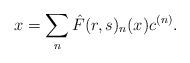
LaTeX: \begin{align*} x= \sum\limits_{n} \hat{F}(r,s)_{n}(x)c^{(n)}. \end{align*}